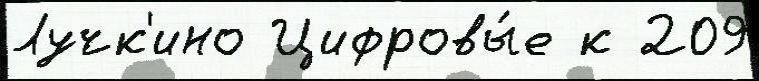
Лучк'ино Цифровы́е к 209